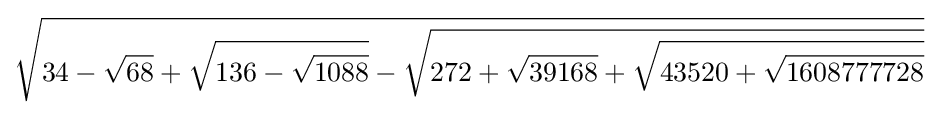
{\sqrt {34-{\sqrt {68}}+{\sqrt {136-{\sqrt {1088}}}}-{\sqrt {272+{\sqrt {39168}}+{\sqrt {43520+{\sqrt {1608777728}}}}}}}}